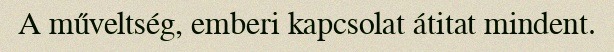
A műveltség, emberi kapcsolat átitat mindent.